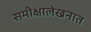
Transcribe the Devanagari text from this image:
समीक्षालेखनात